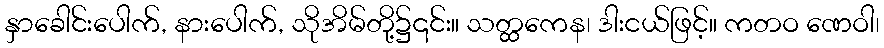
နှာခေါင်းပေါက်, နားပေါက်, သိုအိမ်တို့၌၎င်း။ သတ္ထကေန၊ ဒါးငယ်ဖြင့်။ ကတဝ ဏေဝါ၊